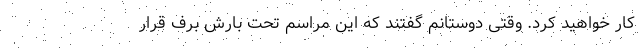
کار خواهید کرد. وقتی دوستانم گفتند که این مراسم تحت بارش برف قرار